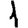
Digit: 1